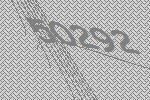
50292